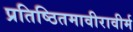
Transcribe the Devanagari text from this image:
प्रतिष्ठितमावीरावीर्म